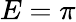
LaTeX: E=\pi